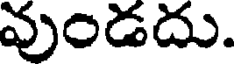
వుండదు.